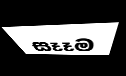
සෑෑම